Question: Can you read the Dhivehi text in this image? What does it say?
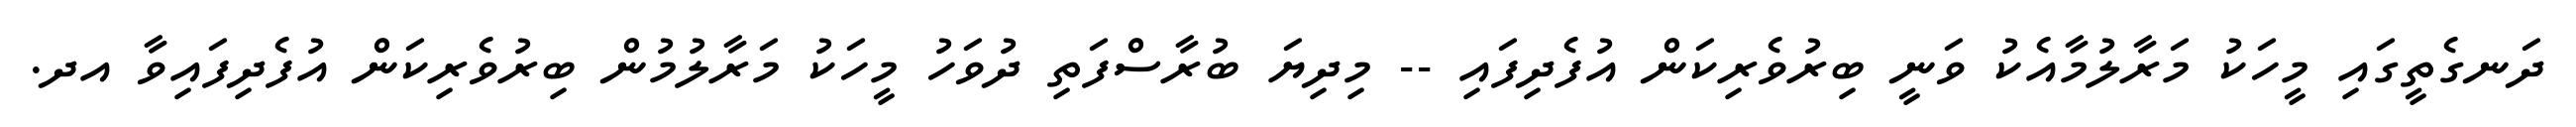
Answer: ދަނގެތީގައި މީހަކު މަރާލުމާއެކު ވަނީ ބިރުވެރިކަން އުފެދިފައި -- މިދިޔަ ބުރާސްފަތި ދުވަހު މީހަކު މަރާލުމުން ބިރުވެރިކަން އުފެދިފައިވާ އދ.